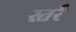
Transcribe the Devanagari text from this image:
स्तर्र